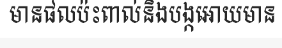
មានផលប៉ះពាល់និងបង្កអោយមាន